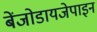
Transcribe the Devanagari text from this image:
बेंजोडायजेपाइन